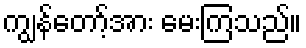
ကျွန်တော့်အား မေးကြသည်။